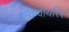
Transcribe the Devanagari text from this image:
इन्कवायरिर